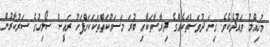
މުހިއްމު ވައުދެކެވެ. ގިނަ ދުވަސްތަކެއްގެ ދިރާސާތަކާއި ބުރަ މަސައްކަތްތަކަކަށްފަހު ރައީސް ސޯލިހުގެ ސަރުކާރުން